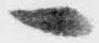
一